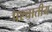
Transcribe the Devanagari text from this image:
पश्चातीय